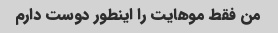
من فقط موهایت را اینطور دوست دارم